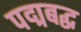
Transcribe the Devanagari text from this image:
पद्मबद्ध